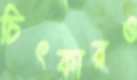
চিৎকারও